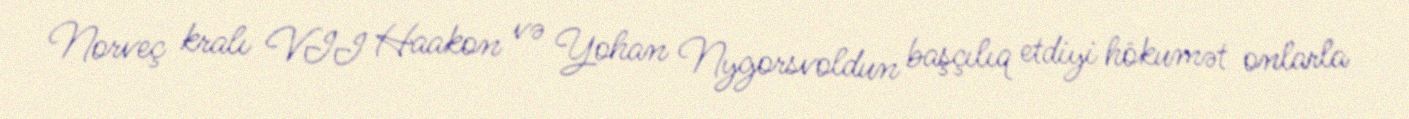
Norveç kralı VII Haakon və Yohan Nygorsvoldun başçılıq etdiyi hökumət onlarla